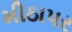
મીઠાપર